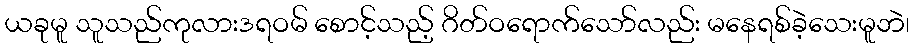
ယခုမူ သူသည်ကုလားဒရဝမ် စောင့်သည့် ဂိတ်ဝရောက်သော်လည်း မနေရစ်ခဲ့သေးမူဘဲ၊